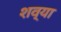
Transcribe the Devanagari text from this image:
शव्या